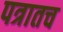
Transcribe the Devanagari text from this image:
पत्रातच